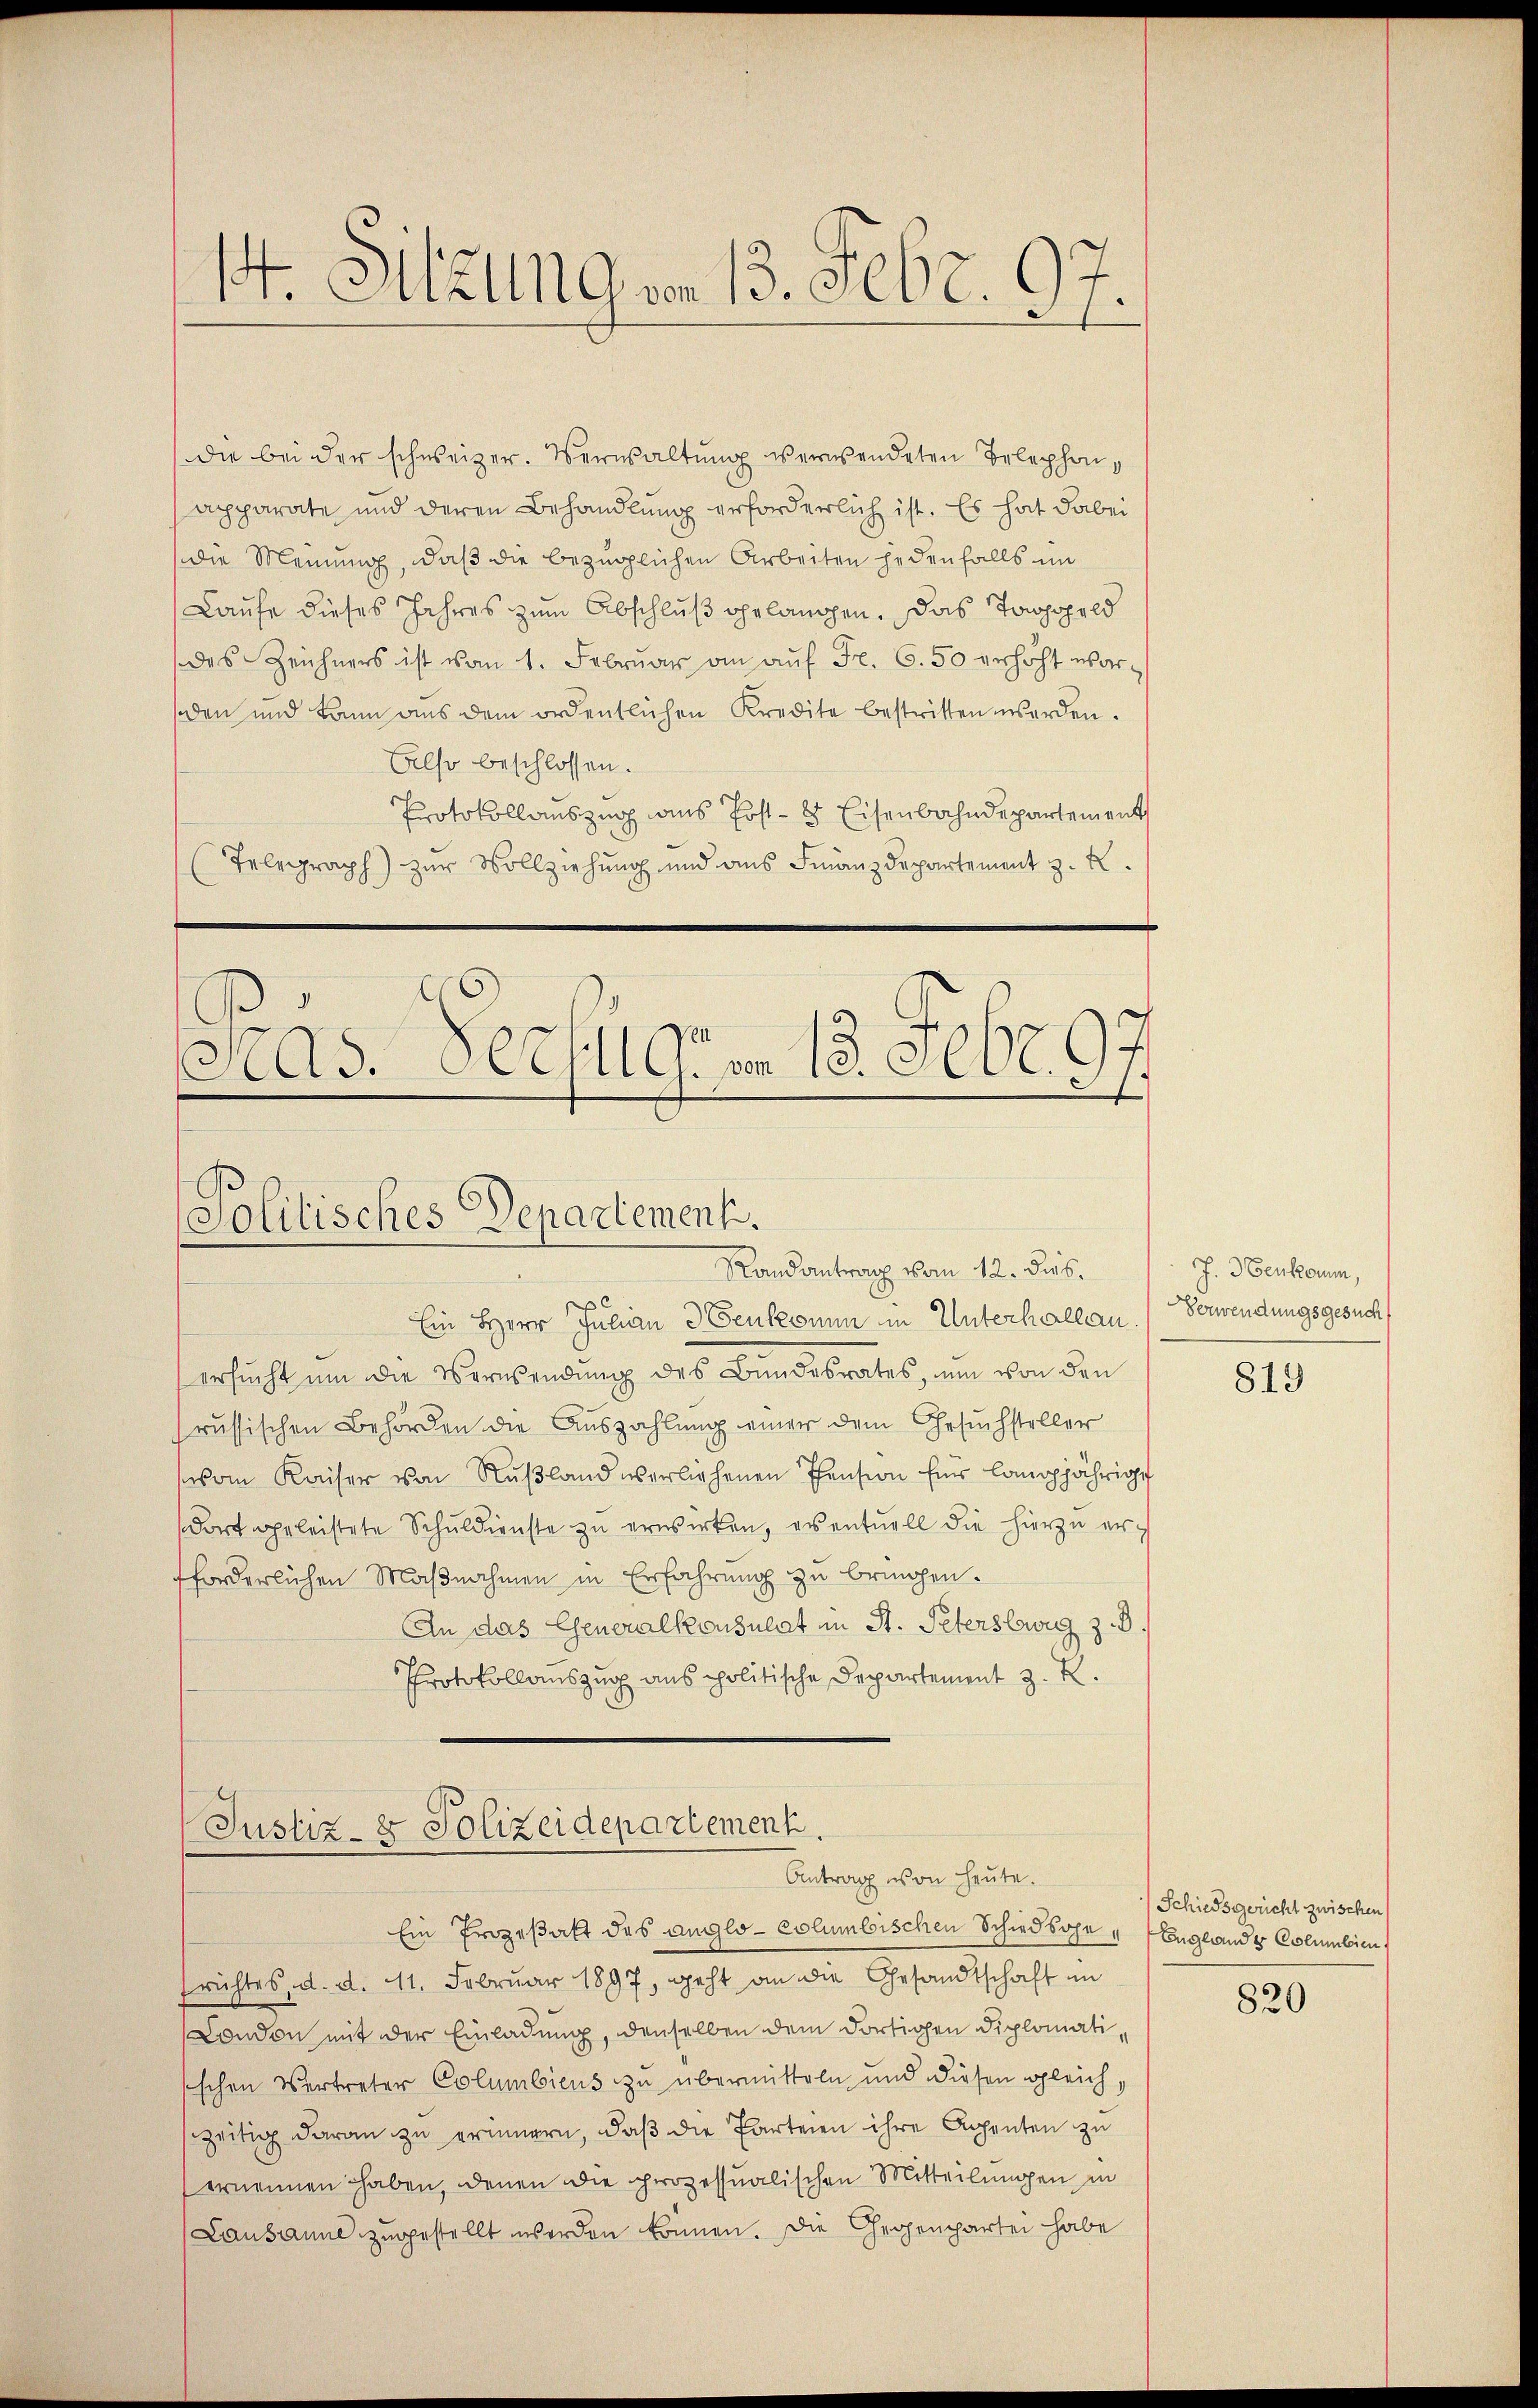
I. Mitzungen 13. Febr. 97.

die bei der schweizer. Verwaltung verwendeten Telephon,
apparate und deren Behandlung erforderlich ist. Es hat dabei
die Meinung, daß die bezüglichen Arbeiten jedenfalls im
Laufe dieses Jahres zum Abschluß gelangen, das Taggeld
des Zeichners ist vom 1. Febrŭar an aŭf Fr. 650 erhöht war-
den und kann aus dem ordentlichen Kredite bestritten werden.
Also beschlossen.
Protokollauszug aus Post- & Eisenbahndepartement
(Telegraph) zur Vollziehung und aus Finanzdepartement z. B.
.
Nas. Hechts 18. Febr. 197

Politisches Departement.
Randantrag vom 12. dies

Justiz- & Polizeidepartement.
Antrag von heute.
Ein Prozeßakt des anglo-columbischen Schiedsohe Englandes Columbien

frichtes, d. d. 11. Februar 1897, geht an die Gesandtschaft in
London mit der Einladung, denselben dem dortigen Diplomatischen Vertreter Columbiens zu übermitteln und diesen gleichszeitig daran zu erinnern, daß die Parteien ihre Agenten zu
ernennen haben, denen die prozessualischen Mitteilungen in
Lausanne zugestellt werden können. Die Gegenpartei habe

Ein Herr Julian 3 Genkomm in Unterhallen. Verwendungsgesuch
ersucht um die Verwendung des Bundesrates, um von den
russischen Behörden die Auszahlung einer dem Gesuchsteller
vom Kaiser von Nŭβland verliehenen Pension für langjährige
dorf geleistete Schuldienste zu erwirken, eventuell die hierzu ersch
forderlichen Maßnahmen in Erfahrung zu bringen.
An das Generalkonsulat in St. Petersburg z. B.
Protokollauszug aus politische Departement z. R.

J. Henkamm,

819

Schiedsgericht zwischen

820